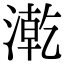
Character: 漧